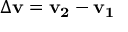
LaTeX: \Delta \mathbf { v } = \mathbf { v _ { 2 } } - \mathbf { v _ { 1 } }